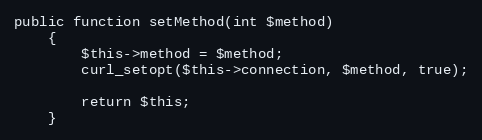
Language: PHP
public function setMethod(int $method)
    {
        $this->method = $method;
        curl_setopt($this->connection, $method, true);

        return $this;
    }